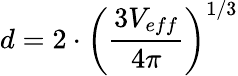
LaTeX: d=2\cdot\left({\frac{3V_{eff}}{4\pi}}\right)^{1/3}